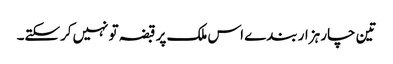
تین چار ہزار بندے اس ملک پر قبضہ تو نہیں‌کرسکتے۔